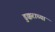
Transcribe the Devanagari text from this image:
डुक्कराच्या